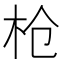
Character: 枪